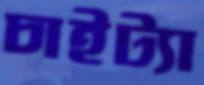
চাইট্যা